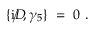
\{ \mathrm { i } D \! \llap { / } , \gamma _ { 5 } \} ~ = ~ 0 ~ .